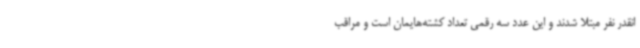
انقدر نفر مبتلا شدند و این عدد سه رقمی تعداد کشته‌هایمان است و مراقب